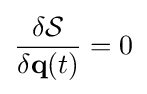
{\frac {\delta {\mathcal {S}}}{\delta \mathbf {q} (t)}}=0